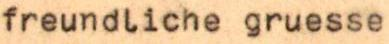
freundliche gruesse